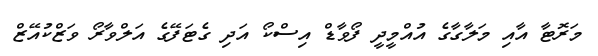
މަރޮޓާ އާއި މަލާގާގެ އުއްމީދީ ފޯވާޑް އިސްކޯ އަދި ގެޓަފޭގެ އަލްވާރޯ ވަޒްކުއޭޒް